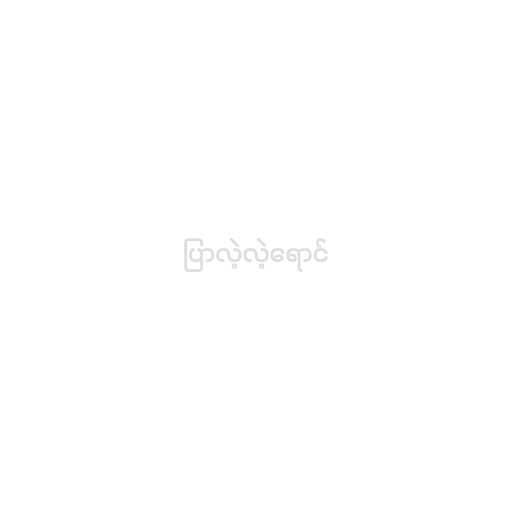
ပြာလဲ့လဲ့ရောင်